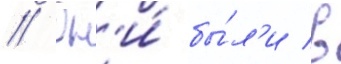
// Он'и́ бы́л'и в